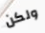
ولكن